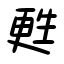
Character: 甦